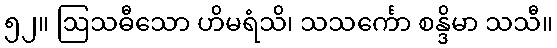
၅၂။ ဩသဓီသော ဟိမရံသိ၊ သသင်္ကော စန္ဒိမာ သသီ။